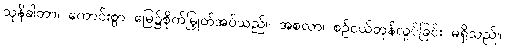
သုနိခါတာ၊ ကောင်းစွာ မြေ၌စိုက်မြှုတ်အပ်သည်။ အစလာ၊ စဉ်ငယ်တုန်လှုပ်ခြင်း မရှိသည်။